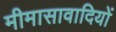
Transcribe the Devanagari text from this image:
मीमासावादियों